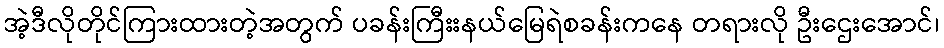
အဲ့ဒီလိုတိုင်ကြားထားတဲ့အတွက် ပခန်းကြီးးနယ်မြေရဲစခန်းကနေ တရားလို ဦးဌေးအောင်၊